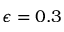
\epsilon = 0 . 3